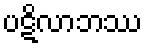
ပဋိလာဘဿ